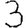
Digit: 3